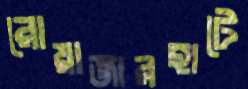
রোয়াজারহাটে